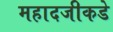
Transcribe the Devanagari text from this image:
महादजीकडे